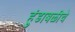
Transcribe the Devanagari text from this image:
हुंडाबळीचे